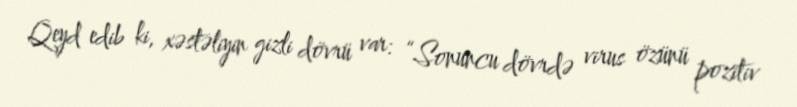
Qeyd edib ki, xəstəliyin gizli dövrü var: “Sonuncu dövrdə virus özünü pozitiv